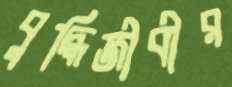
বুদ্ধিজীবীর